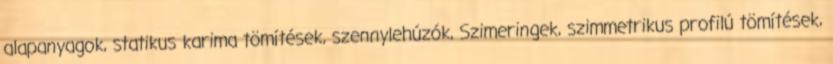
alapanyagok, statikus karima tömítések, szennylehúzók, Szimeringek, szimmetrikus profilú tömítések,